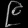
Digit: ၉